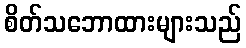
စိတ်သဘောထားများသည်